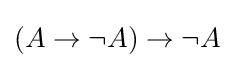
(A\to \neg A)\to \neg A